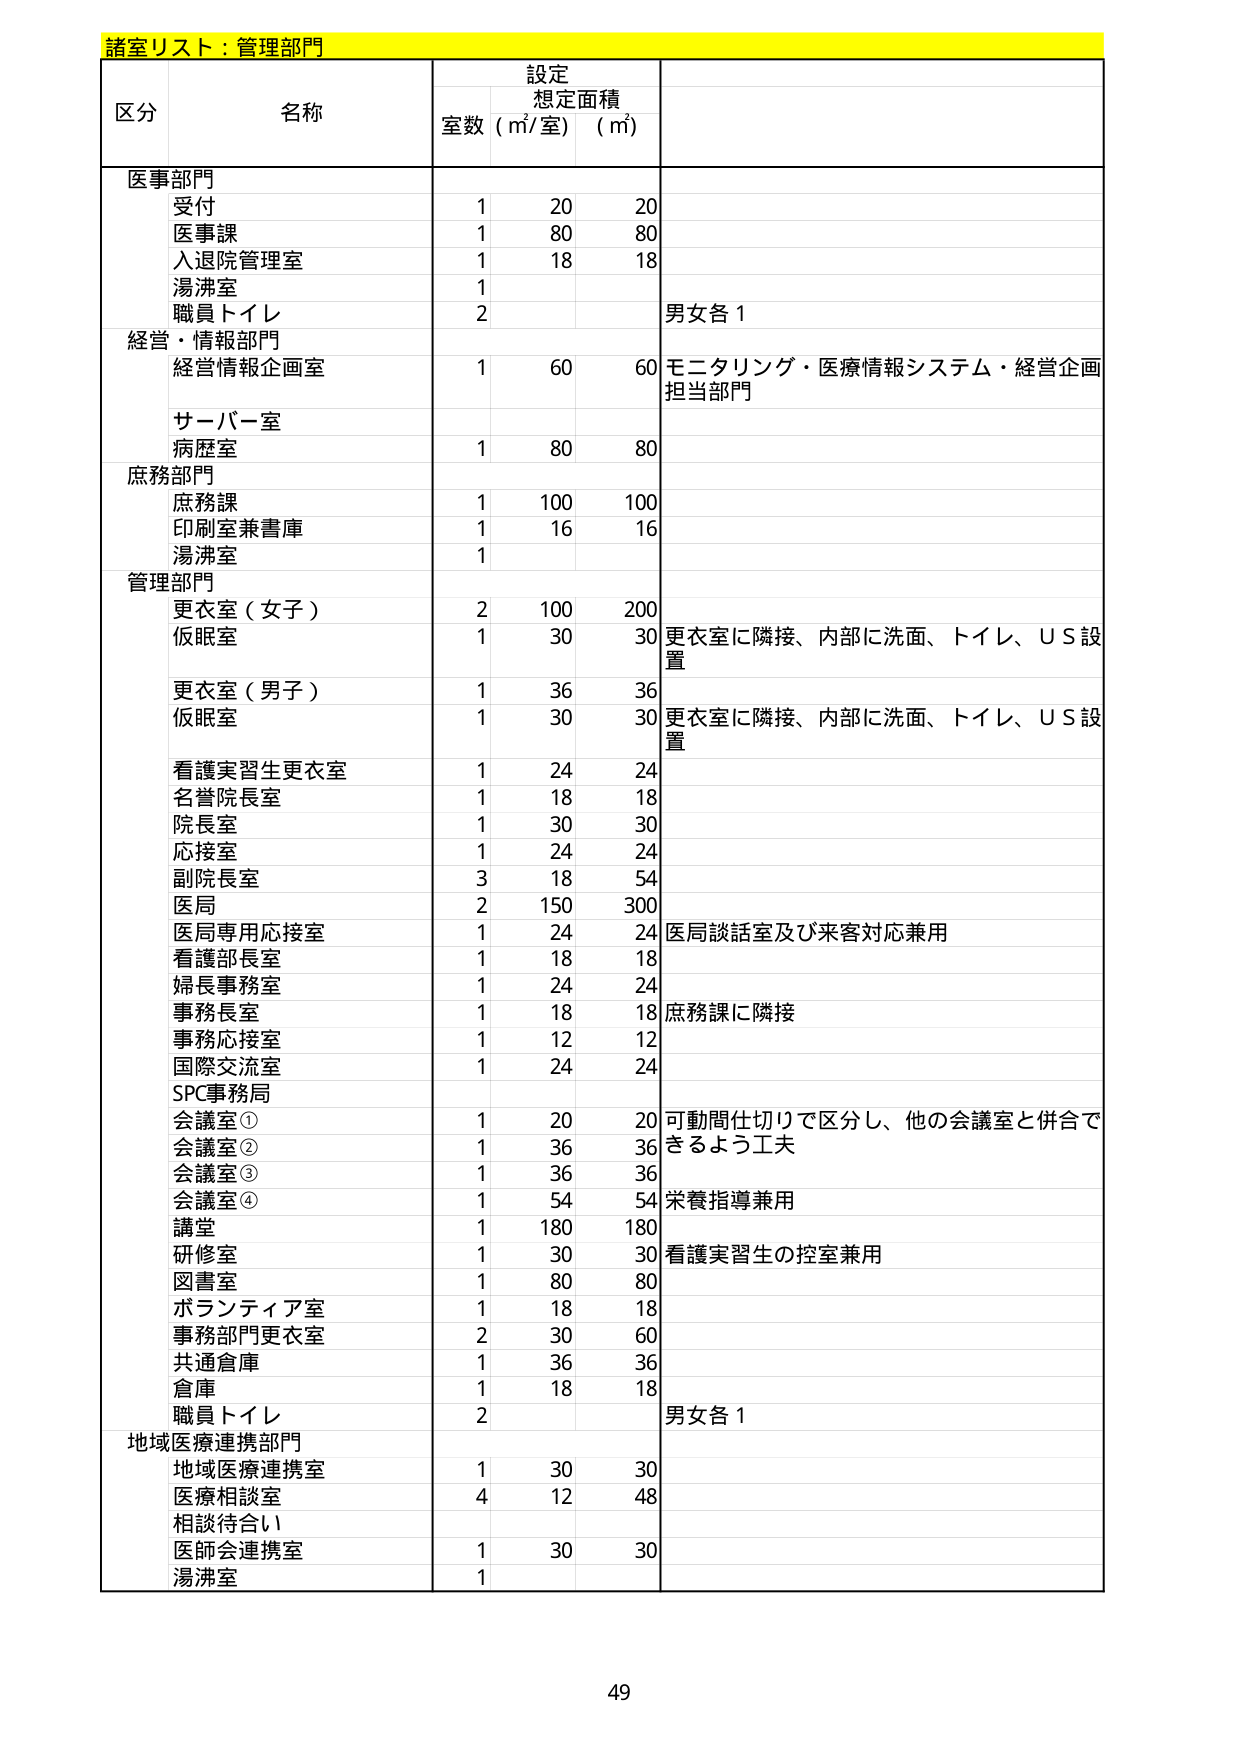
諸室リスト：管理部門

区分 名称 設定 想定面積
室数 (㎡/室) (㎡)

医事部門
受付 1 20 20
医事課 1 80 80
入退院管理室 1 18 18
湯沸室 1
職員トイレ 2 男女各1

経営・情報部門
経営情報企画室 1 60 60 モニタリング・医療情報システム・経営企画担当部門
サーバー室
病歴室 1 80 80

庶務部門
庶務課 1 100 100
印刷室兼書庫 1 16 16
湯沸室 1

管理部門
更衣室（女子） 2 100 200
仮眠室 1 30 30 更衣室に隣接、内部に洗面、トイレ、ＵＳ設置
更衣室（男子） 1 36 36
仮眠室 1 30 30 更衣室に隣接、内部に洗面、トイレ、ＵＳ設置
看護実習生更衣室 1 24 24
名誉院長室 1 18 18
院長室 1 30 30
応接室 1 24 24
副院長室 3 18 54
医局 2 150 300
医局専用応接室 1 24 24 医局談話室及び来客対応兼用
看護部長室 1 18 18
婦長事務室 1 24 24
事務長室 1 18 18 庶務課に隣接
事務応接室 1 12 12
国際交流室 1 24 24
SPC事務局
会議室① 1 20 20 可動間仕切りで区分し、他の会議室と併合できるよう工夫
会議室② 1 36 36
会議室③ 1 36 36
会議室④ 1 54 54 栄養指導兼用
講堂 1 180 180
研修室 1 30 30 看護実習生の控室兼用
図書室 1 80 80
ボランティア室 1 18 18
事務部門更衣室 2 30 60
共通倉庫 1 36 36
倉庫 1 18 18
職員トイレ 2 男女各1

地域医療連携部門
地域医療連携室 1 30 30
医療相談室 4 12 48
相談待合い
医師会連携室 1 30 30
湯沸室 1

49